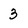
Character: 3